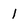
Character: 1